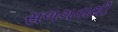
સળગવાથી